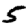
Digit: 5